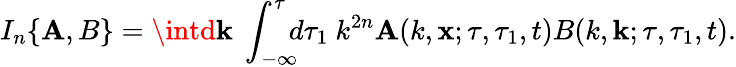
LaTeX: I_{n}\{ {\mathbf{A},B}\} =\intd{\mathbf{{k}}}\ \int_{-\infty}^{\tau}\! \! \! d\tau_{1}\ k^{2n}\mathbf{A}(k,{\mathbf{{x}}};\tau,\tau_{1},t)B(k,{\mathbf{{k}}};\tau,\tau_{1},t).